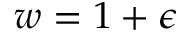
w = 1 + \epsilon